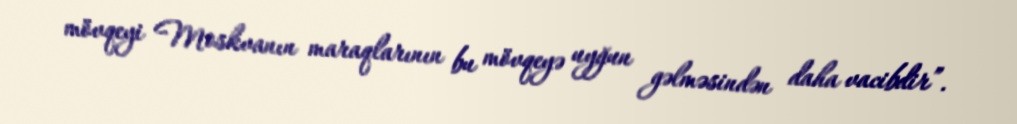
mövqeyi Moskvanın maraqlarının bu mövqeyə uyğun gəlməsindən daha vacibdir”.